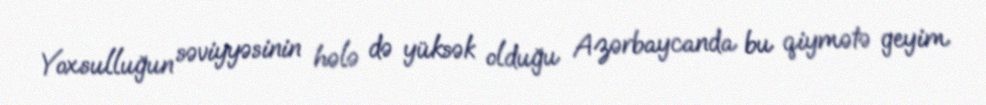
Yoxsulluğun səviyyəsinin hələ də yüksək olduğu Azərbaycanda bu qiymətə geyim